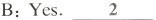
B:Yes. \underline{2}